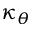
\kappa _ { \theta }